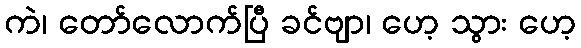
ကဲ၊ တော်လောက်ပြီ ခင်ဗျာ၊ ဟေ့ သွား ဟေ့